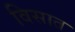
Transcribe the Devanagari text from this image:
विसात